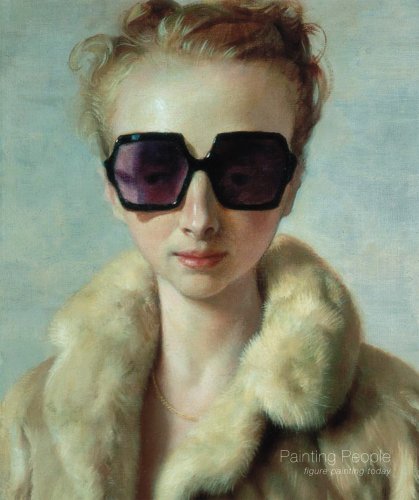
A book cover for Painting People: Figure Painting Today; Arts & Photography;